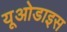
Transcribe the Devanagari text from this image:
यूओडाइस